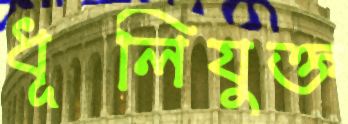
ধূলিযুক্ত